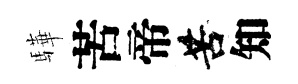
驊苦帝苦知